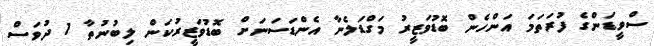
ސްވީޑަންގެ ފުރަތަމަ އަންހެން ބޮޑުވަޒީރު މަގްޑަލެނާ އެންޑަސަނަށް ބޮޑުވަޒީރުކަން ލިބުނުތާ 1 ދުވަސް